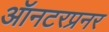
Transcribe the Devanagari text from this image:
ऑनटरप्रनर